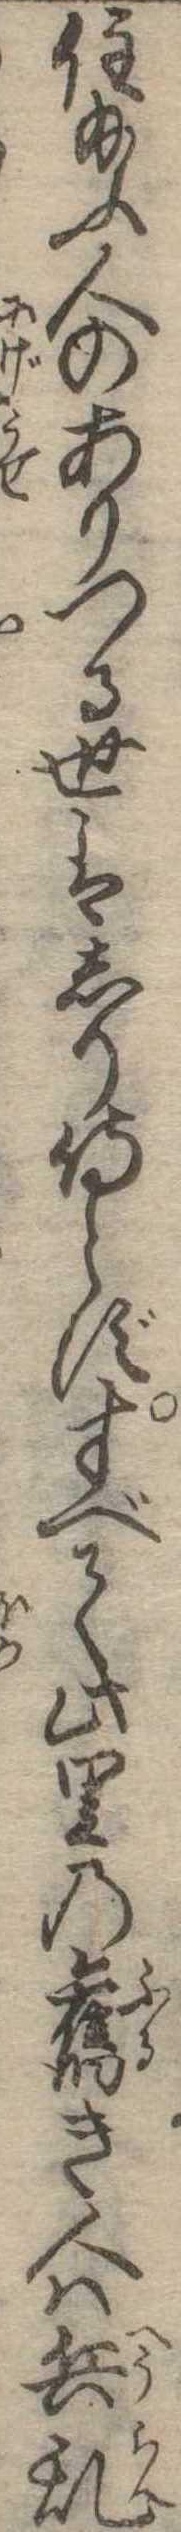
住給ふ人のありつる世はしり侍らずすべて此里の旧き人は兵乱